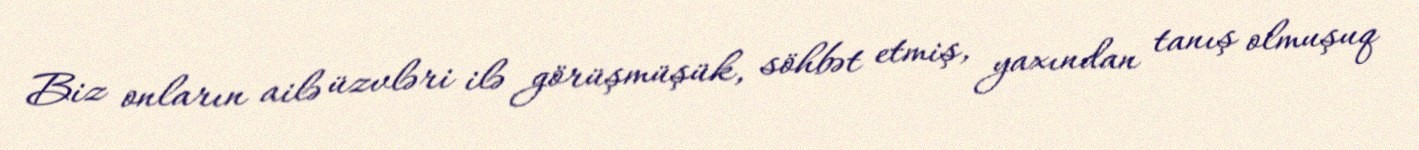
Biz onların ailə üzvləri ilə görüşmüşük, söhbət etmiş, yaxından tanış olmuşuq